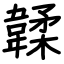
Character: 韖